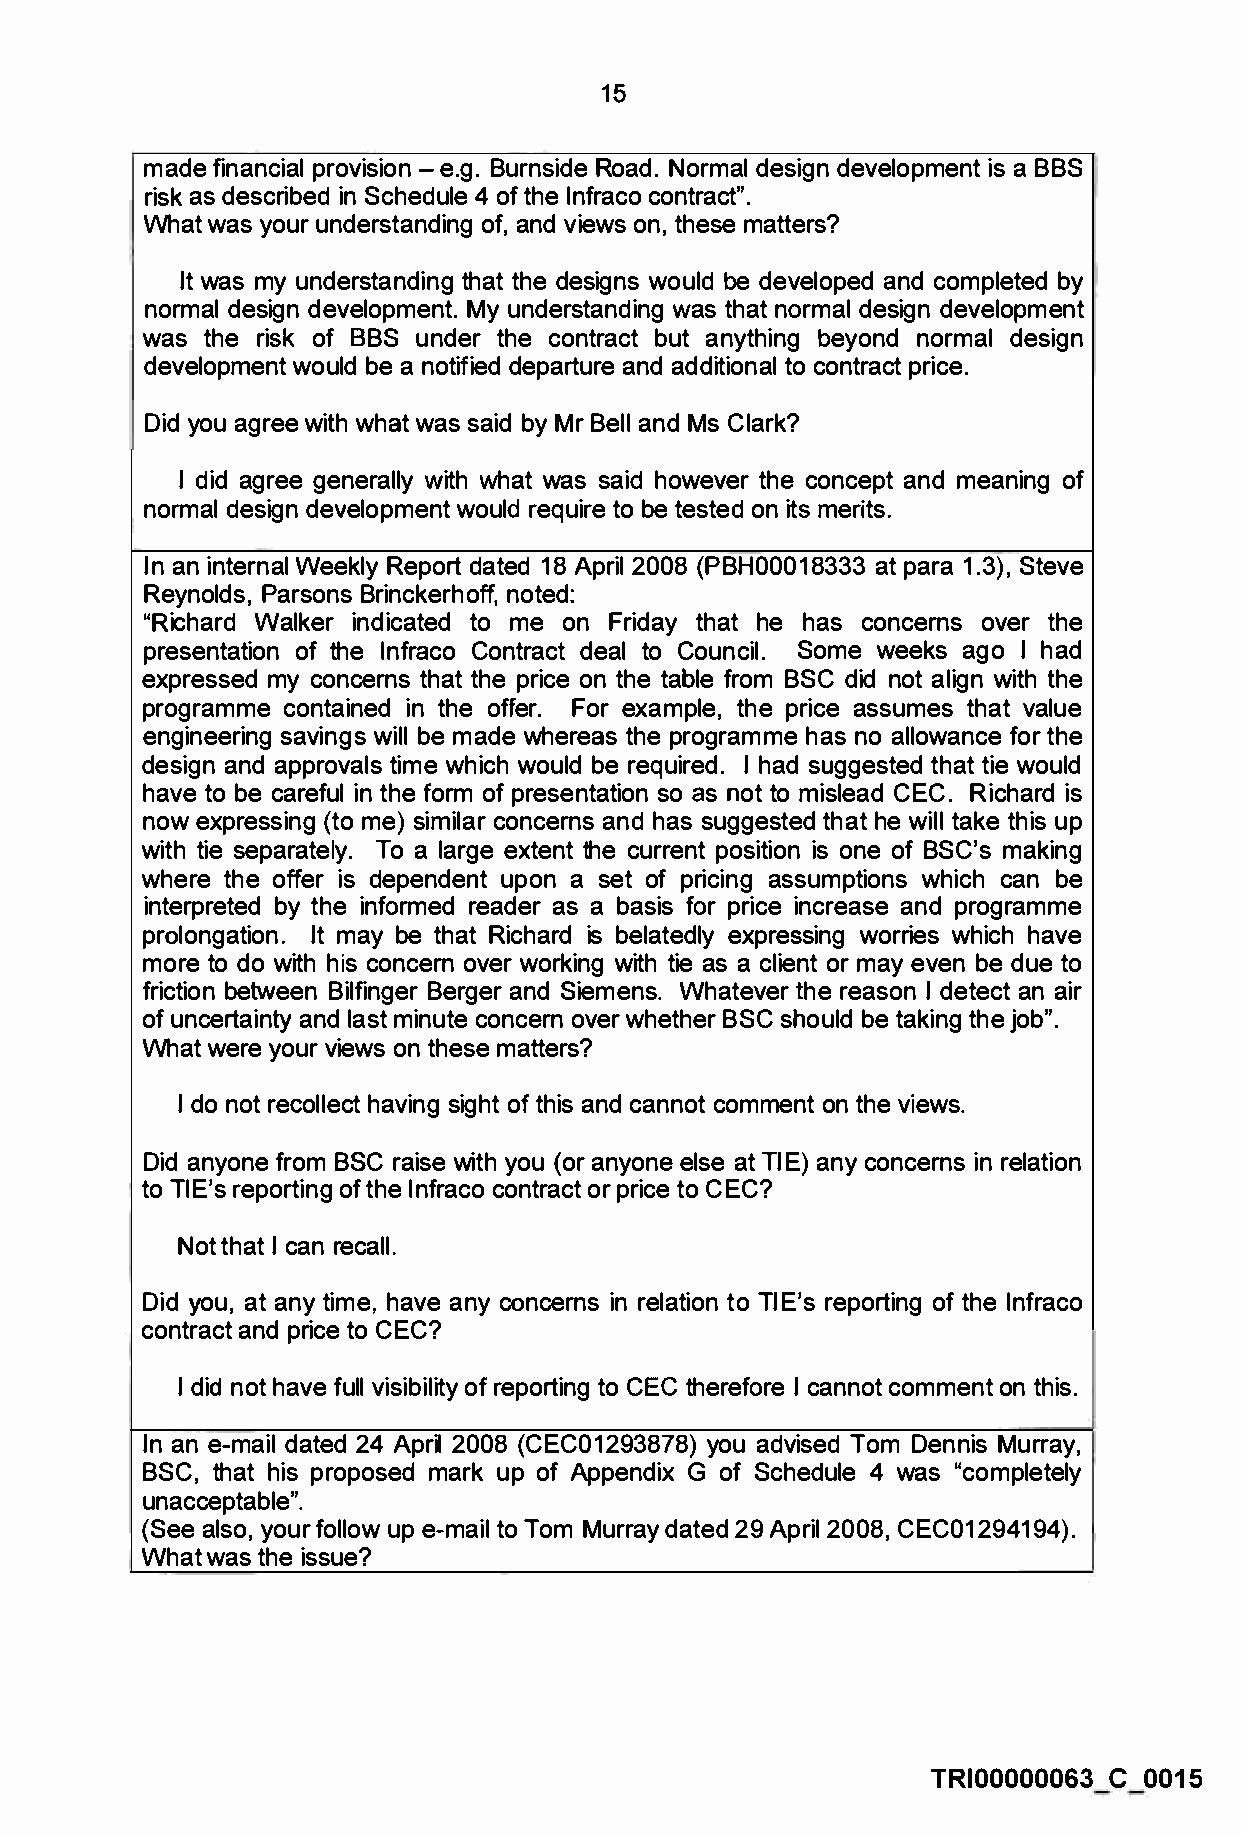
15
 made financial provision -e.g. Burnside Road. Normal design development is a BBS
 risk as described in Schedule 4 of the lnfraco contract".
 What was your understanding of, and views on, these matters?
 It was my understanding that the designs would be developed and completed by
 normal design development. My understanding was that normal design development
 was the risk of BBS under the contract but anything beyond normal design
 development would be a notified departure and additional to contract price.
 Did you agree with what was said by Mr Bell and Ms Clark?
 I did agree generally with what was said however the concept and meaning of
 normal design development would require to be tested on its merits.
 In an internal Weekly Report dated 18 April 2008 (PBH00018333 at para 1.3), Steve
 Reynolds, Parsons Brinckerhoff, noted:
 "Richard Walker indicated to me on Friday that he has concerns over the
 presentation of the lnfraco Contract deal to Council. Some weeks ago I had
 expressed my concerns that the price on the table from BSC did not align with the
 programme contained in the offer. For example, the price assumes that value
 engineering savings will be made whereas the programme has no allowance for the
 design and approvals time which would be required. I had suggested that tie would
 have to be careful in the form of presentation so as not to mislead CEC. Richard is
 now expressing (to me) similar concerns and has suggested that he will take this up
 with tie separately. To a large extent the current position is one of BSC's making
 where the offer is dependent upon a set of pricing assumptions which can be
 interpreted by the informed reader as a basis for price increase and programme
 prolongation. It may be that Richard is belatedly expressing worries which have
 more to do with his concern over working with tie as a client or may even be due to
 friction between Bilfinger Berger and Siemens. Whatever the reason I detect an air
 of uncertainty and last minute concern over whether BSC should be taking the job".
 What were your views on these matters?
 I do not recollect having sight of this and cannot comment on the views.
 Did anyone from BSC raise with you (or anyone else at TIE) any concerns in relation
 to Tl E's reporting of the lnfraco contract or price to CEC?
 Not that I can recall.
 Did you, at any time, have any concerns in relation to TIE's reporting of the lnfraco
 contract and price to CEC?
 I did not have full visibility of reporting to CEC therefore I cannot comment on this.
 In an e-mail dated 24 April 2008 (CEC01293878) you advised Tom Dennis Murray,
 BSC, that his proposed mark up of Appendix G of Schedule 4 was "completely
 unacceptable".
 (See also, your follow up e-mail to Tom Murray dated 29 April 2008, CEC01294194).
 What was the issue?
 TRI00000063 C 0015